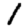
Digit: 1